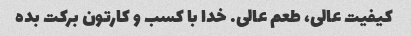
کیفیت عالی، طعم عالی. خدا با کسب و کارتون برکت بده